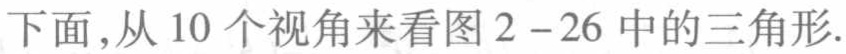
下面,从 10 个视角来看图 2 - 26 中的三角形.